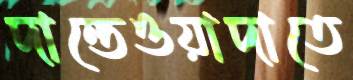
দান্তেওয়াদাতে